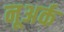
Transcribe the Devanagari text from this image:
नूअर्क